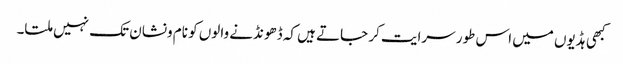
کبھی ہڈیوں میں اس طور سرایت کر جاتے ہیں کہ ڈھونڈنے والوں کو نام ونشان تک نہیں ملتا۔